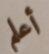
أعلم